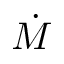
\dot { M }